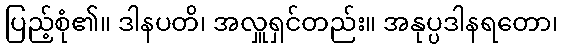
ပြည့်စုံ၏။ ဒါနပတိ၊ အလှူရှင်တည်း။ အနုပ္ပဒါနရတော၊